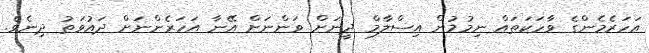
އަހަރެމެންގެ ވާހަކަތައް ނިމުމުން އިސްލާމް ދީނަށް ވަންނަށް އޭނާ އަހަރެންނަށް ދައުވަތު ދިނެވެ.